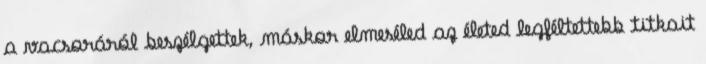
a vacsoráról beszélgettek, máskor elmeséled az életed legféltettebb titkait